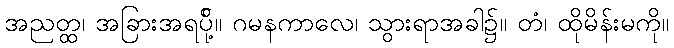
အညတ္ထ၊ အခြားအရပ်ို့။ ဂမနကာလေ၊ သွားရာအခါ၌။ တံ၊ ထိုမိန်းမကို။